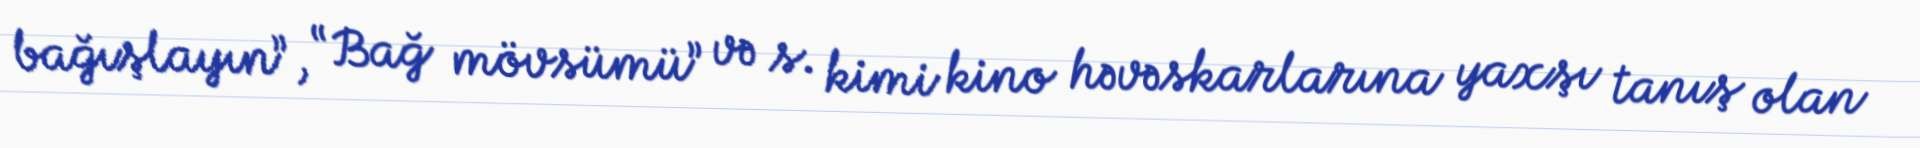
bağışlayın”, “Bağ mövsümü” və s. kimi kino həvəskarlarına yaxşı tanış olan